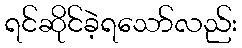
ရင်ဆိုင်ခဲ့ရသော်လည်း